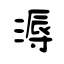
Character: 溽